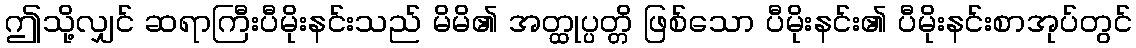
ဤသို့လျှင် ဆရာကြီးပီမိုးနင်းသည် မိမိ၏ အတ္ထုပ္ပတ္တိ ဖြစ်သော ပီမိုးနင်း၏ ပီမိုးနင်းစာအုပ်တွင်